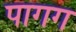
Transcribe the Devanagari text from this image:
पागग